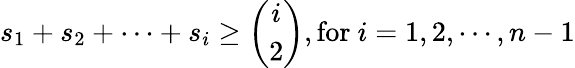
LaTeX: s_{1}+s_{2}+\cdots+s_{i}\geq{\binom{i}{2}},{\mathrm{for~}}i=1,2,\cdots,n-1